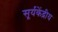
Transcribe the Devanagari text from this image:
सूर्यकेंद्रीय